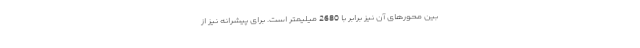
بین محورهای آن نیز برابر با 2680 میلیمتر است. برای پیشرانه نیز از